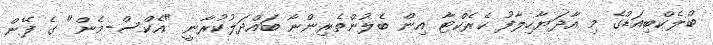
ބްލެކްބިއަޑްގެ މި އާދަޔާހިލާފު ކެރެކްޓާ އިން ބެލުންތެރިންނާ ބައްދަލުކުރާނީ "އެކްސް-މެން" ގެ ފޭން